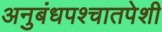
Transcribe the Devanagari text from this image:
अनुबंधपश्चातपेशी